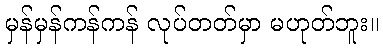
မှန်မှန်ကန်ကန် လုပ်တတ်မှာ မဟုတ်ဘူး။